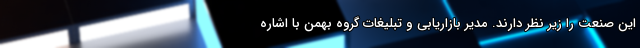
این صنعت را زیر نظر دارند. مدیر بازاریابی و تبلیغات گروه بهمن با اشاره